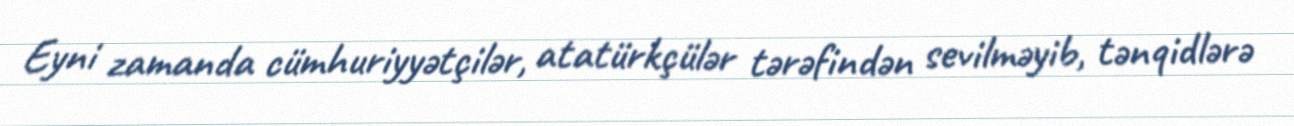
Eyni zamanda cümhuriyyətçilər, atatürkçülər tərəfindən sevilməyib, tənqidlərə